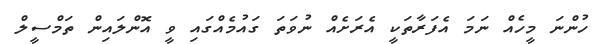
ހުންނަ މީހެއް ނަމަ އެފަރާތަކީ އެރަށެއް ނުވަތަ ގައުމެއްގައި ވީ އޮންލައިން ތަމްސީލް